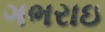
ગભરાઇ